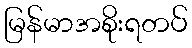
မြန်မာအစိုးရတပ်